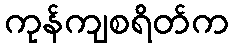
ကုန်ကျစရိတ်က